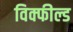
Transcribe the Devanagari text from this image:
विक्फील्ड